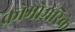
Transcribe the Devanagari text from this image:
क्रोमोमेरिके